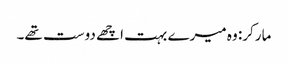
مارکر: وہ میرے بہت اچھے دوست تھے۔